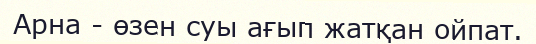
Арна - өзен суы ағып жатқан ойпат.